Vaccine operations Central Provinces 1868-1885 - 1868-1885
Year: 1868
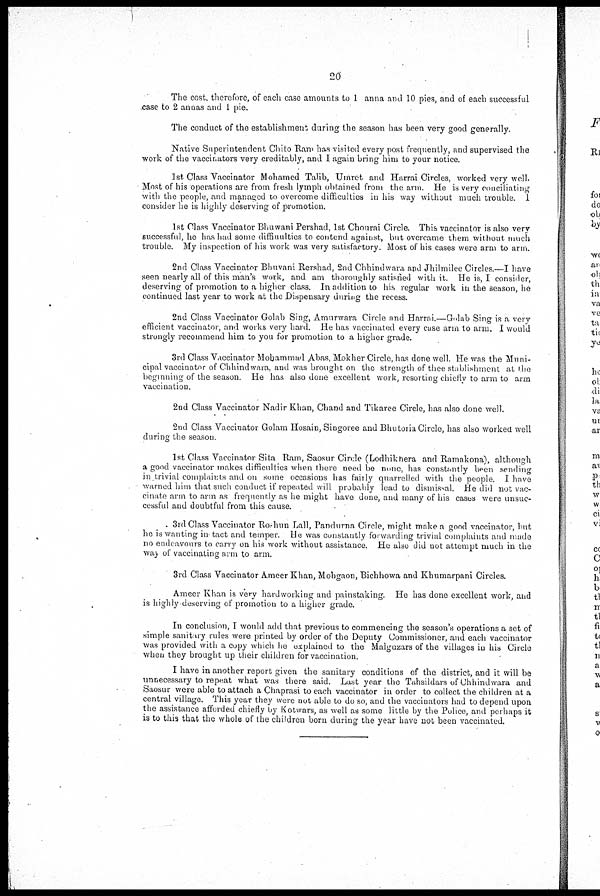
20
The cost, therefore, of each case amounts to 1 anna and 10 pies, and of each successful
case to 2 annas and 1 pie.
The conduct of the establishment during the season has been very good generally.
Native Superintendent Chito Ram has visited every post frequently, and supervised the
work of the vaccinators very creditably, and I again bring him to your notice.
1st Class Vaccinator Mohamed Talib, Umret and Harrai Circles, worked very well.
Most of his operations are from fresh lymph obtained from the arm. He is very conciliating
with the people, and managed to overcome difficulties in his way without much trouble. I
consider he is highly deserving of promotion.
1st Class Vaccinator Bhuwani Pershad, 1st Chourai Circle. This vaccinator is also very
successful, he has had some difficulties to contend against, but overcame them without much
trouble. My inspection of his work was very satisfactory. Most of his cases were arm to arm.
2nd Class Vaccinator Bhuvani Rershad, 2nd Chhindwara and Jhilmilee Circles.—I have
seen nearly all of this man's work, and am thoroughly satisfied with it. He is, I consider,
deserving of promotion to a higher class. In addition to his regular work in the season, he
continued last year to work at the Dispensary during the recess.
2nd Class Vaccinator Golab Sing, Amurwara Circle and Harrai.—Golab Sing is a very
efficient vaccinator, and works very hard. He has vaccinated every case arm to arm. I would
strongly recommend him to you for promotion to a higher grade.
3rd Class Vaccinator Mohammad Abas, Mokher Circle, has done well. He was the Muni-
cipal vaccinator of Chhindwara, and was brought on the strength of thee stablishment at the
beginning of the season. He has also done excellent work, resorting chiefly to arm to arm
vaccination.
2nd Class Vaccinator Nadir Khan, Chand and Tikaree Circle, has also done well.
2nd Class Vaccinator Golam Hosain, Singoree and Bhutoria Circle, has also worked well
during the season.
1st Class Vaccinator Sita Ram, Saosur Circle (Lodhikhera and Ramakona), although
a good vaccinator makes difficulties when there need be none, has constantly been sending
in trivial complaints and on some occasions has fairly quarrelled with the people. I have
warned him that such conduct if repeated will probably lead to dismissal. He did not vac-
cinate arm to arm as frequently as he might have done, and many of his cases were unsuc-
cessful and doubtful from this cause.
. 3rd Class Vaccinator Ro-hun Lall, Pandurna Circle, might make a good vaccinator, but
he is wanting in tact and temper. He was constantly forwarding trivial complaints and made
no endeavous to carry on his work without assistance. He also did not attempt much in the
way of vaccinating arm to arm.
3rd Class Vaccinator Ameer Khan, Mohgaon, Bichhowa and Khumarpani Circles.
Ameer Khan is very hardworking and painstaking. He has done excellent work, and
is highly deserving of promotion to a higher grade.
In conclusion, I would add that previous to commencing the season's operations a set of
simple sanitary rules were printed by order of the Deputy Commissioner, and each vaccinator
was provided with a copy which he explained to the Malguzars of the villages in his Circle
when they brought up their children for vaccination.
I have in another report given the sanitary conditions of the district, and it will be
unnecessary to repeat what was there said. Last year the Tahsildars of Chhindwara and
Saosur were able to attach a Chaprasi to each vaccinator in order to collect the children at a
central village. This year they were not able to do so, and the vaccinators had to depend upon
the assistance afforded chiefly by Kotwars, as well as some little by the Police, and perhaps it
is to this that the whole of the children born during the year have not been vaccinated.